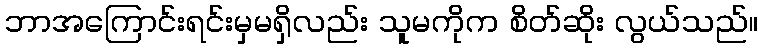
ဘာအကြောင်းရင်းမှမရှိလည်း သူမကိုက စိတ်ဆိုး လွယ်သည်။